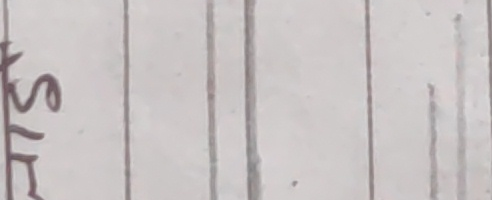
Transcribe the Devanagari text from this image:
स्टे